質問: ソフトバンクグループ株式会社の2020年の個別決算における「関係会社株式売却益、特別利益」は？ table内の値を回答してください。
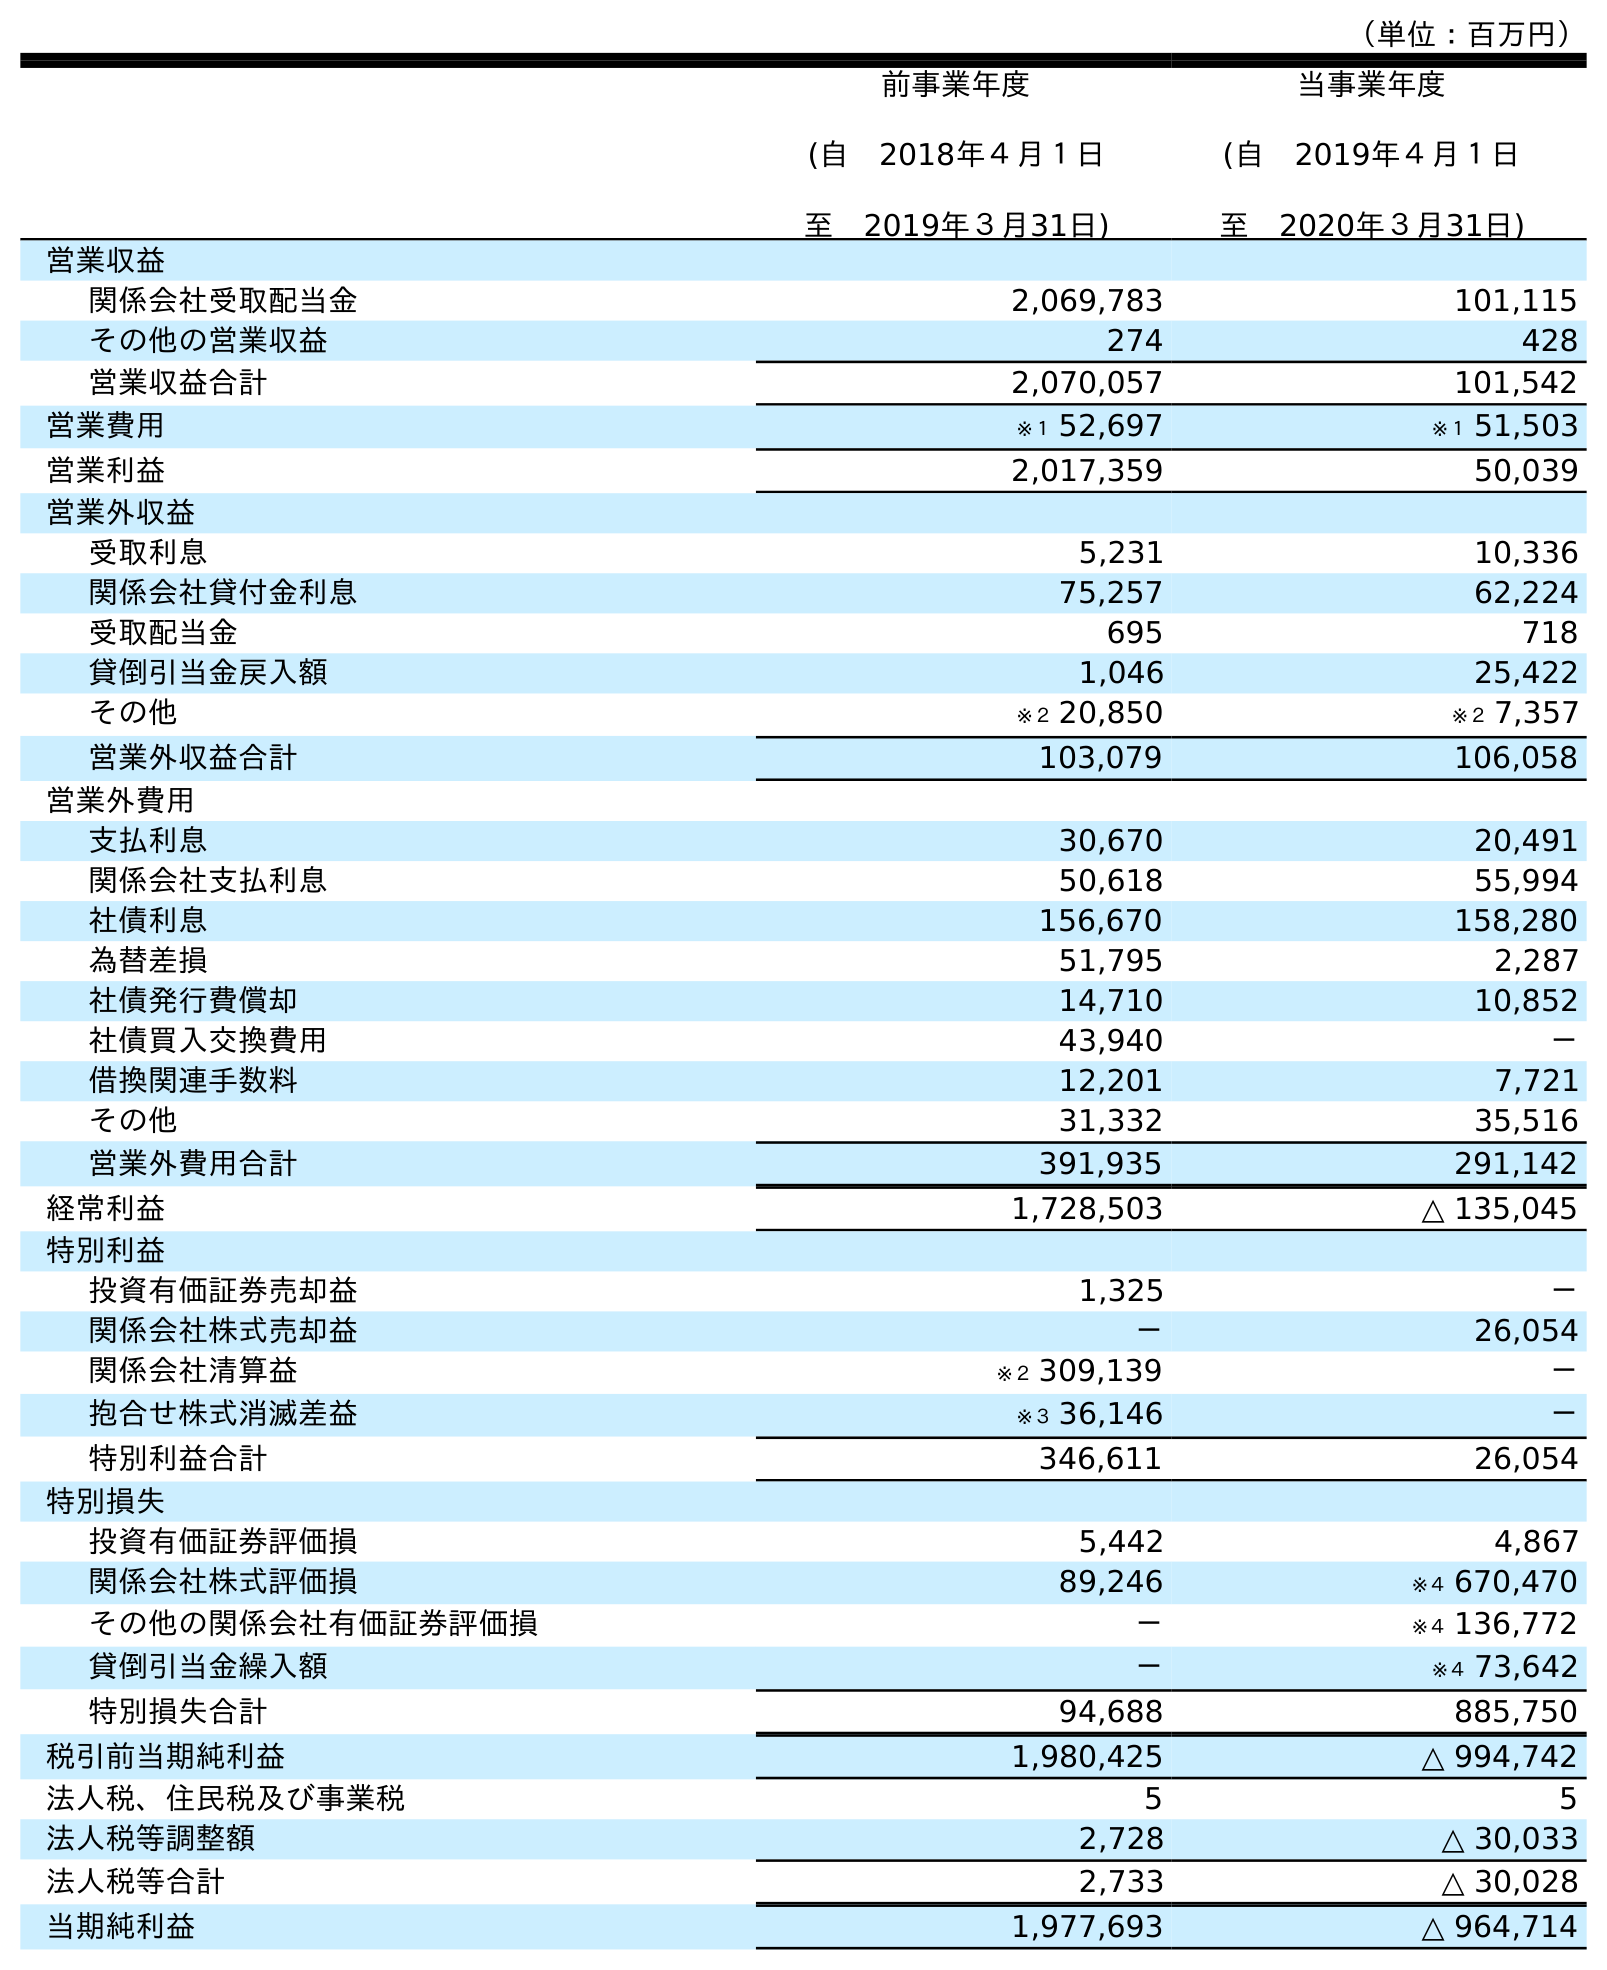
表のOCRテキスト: （単位：百万円） 前事業年度 (自 2018年４月１日 至 2019年３月31日) 当事業年度 (自 2019年４月１日 至 2020年３月31日) 営業収益 関係会社受取配当金 2,069,783 101,115 その他の営業収益 274 428 営業収益合計 2,070,057 101,542 営業費用 ※１ 52,697 ※１ 51,503 営業利益 2,017,359 50,039 営業外収益 受取利息 5,231 10,336 関係会社貸付金利息 75,257 62,224 受取配当金 695 718 貸倒引当金戻入額 1,046 25,422 その他 ※２ 20,850 ※２ 7,357 営業外収益合計 103,079 106,058 営業外費用 支払利息 30,670 20,491 関係会社支払利息 50,618 55,994 社債利息 156,670 158,280 為替差損 51,795 2,287 社債発行費償却 14,710 10,852 社債買入交換費用 43,940 － 借換関連手数料 12,201 7,721 その他 31,332 35,516 営業外費用合計 391,935 291,142 経常利益 1,728,503 △ 135,045 特別利益 投資有価証券売却益 1,325 － 関係会社株式売却益 － 26,054 関係会社清算益 ※２ 309,139 － 抱合せ株式消滅差益 ※３ 36,146 － 特別利益合計 346,611 26,054 特別損失 投資有価証券評価損 5,442 4,867 関係会社株式評価損 89,246 ※４ 670,470 その他の関係会社有価証券評価損 － ※４ 136,772 貸倒引当金繰入額 － ※４ 73,642 特別損失合計 94,688 885,750 税引前当期純利益 1,980,425 △ 994,742 法人税、住民税及び事業税 5 5 法人税等調整額 2,728 △ 30,033 法人税等合計 2,733 △ 30,028 当期純利益 1,977,693 △ 964,714
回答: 26,054